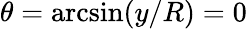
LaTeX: \theta=\arcsin(y/R)=0